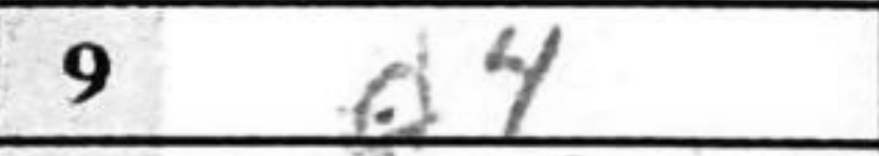
Transcription: d4